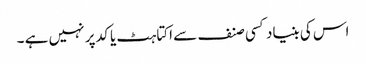
اس کی بنیاد کسی صنف سے اکتاہٹ یا کد پر نہیں ہے ۔